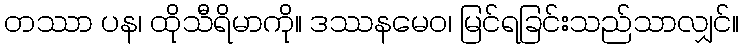
တဿာ ပန၊ ထိုသီရိမာကို။ ဒဿနမေဝ၊ မြင်ရခြင်းသည်သာလျှင်။